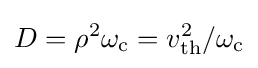
D=\rho ^{2}\omega _{\text{c}}=v_{\text{th}}^{2}/\omega _{\text{c}}